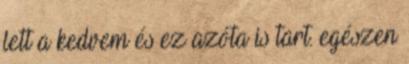
lett a kedvem és ez azóta is tart. egészen